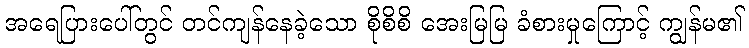
အရေပြားပေါ်တွင် တင်ကျန်နေခဲ့သော စိုစိစိ အေးမြမြ ခံစားမှုကြောင့် ကျွန်မ၏